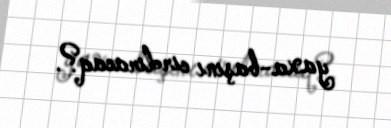
yaxa-başını cırdıracaq?.